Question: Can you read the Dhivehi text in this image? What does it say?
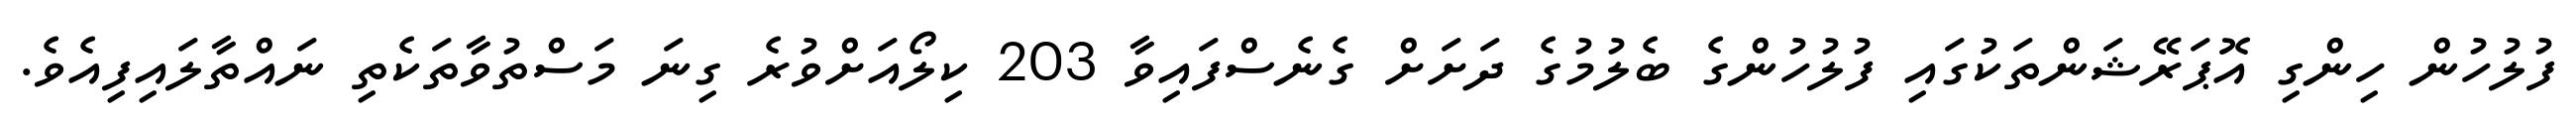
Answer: ފުލުހުން ހިންގި އޮޕަރޭޝަންތަކުގައި ފުލުހުންގެ ބެލުމުގެ ދަށަށް ގެނެސްފައިވާ 203 ކިލޯއަށްވުރެ ގިނަ މަސްތުވާތަކެތި ނައްތާލައިފިއެވެ.